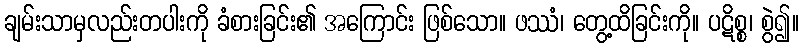
ချမ်းသာမှလည်းတပါးကို ခံစားခြင်း၏ အကြောင်း ဖြစ်သော။ ဖဿံ၊ တွေ့ထိခြင်းကို။ ပဋိစ္စ၊ စွဲ၍။